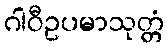
ဂါဝီဥပမာသုတ္တံ